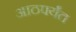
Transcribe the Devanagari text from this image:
आठपर्यंत